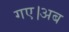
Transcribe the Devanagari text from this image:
गए।अब